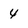
Character: 4